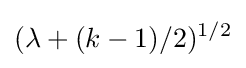
(\lambda +(k-1)/2)^{1/2}